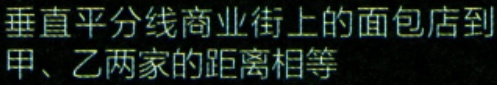
垂直平分线商业街上的面包店到甲、乙两家的距离相等